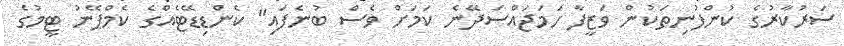
ސަރުކާރުގެ ކުންފުނިތަކުން ވަޒީފާ ހަމަޖައްސަދޭނެ ކަމަށް ވެސް ބުނެފައި" ކެންޑިޑޭޓެއްގެ ކެމްޕޭނު ޓީމުގެ